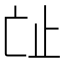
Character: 𣥊